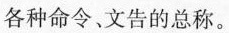
各种命令、文告的总称。